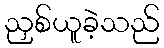
ညှစ်ယူခဲ့သည်